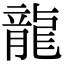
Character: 龍